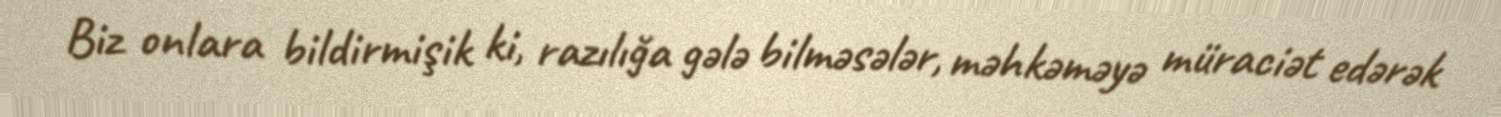
Biz onlara bildirmişik ki, razılığa gələ bilməsələr, məhkəməyə müraciət edərək